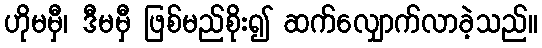
ဟိုမမှီ၊ ဒီမမှီ ဖြစ်မည်စိုး၍ ဆက်လျှောက်လာခဲ့သည်။